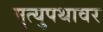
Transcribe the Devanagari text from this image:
मृत्युपथावर